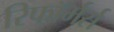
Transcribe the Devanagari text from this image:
रिफॉर्मर्स